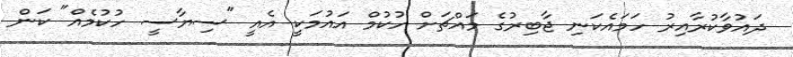
ދައުވާކުރާއިރު ހަމައެކަނި ޖާބިރުގެ މައްޗަށް ހުކުމް އައުމަކީ އެއީ "ސިޔާސީ ހުކުމެއް" ކަން